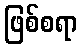
ဖြစ်စရာ